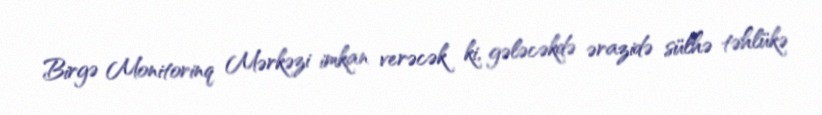
Birgə Monitorinq Mərkəzi imkan verəcək ki, gələcəkdə ərazidə sülhə təhlükə